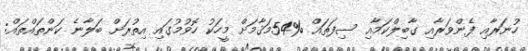
ހުނަރާއި ފެންވަރާއި ގާބިލްކަމާއި ސިފަތައް %54މަޤާމަށް މީހަކު ހޮވުމުގައި އިތުރަށް ބަލާނެ ކަންތައްތައް: